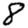
Digit: 8